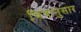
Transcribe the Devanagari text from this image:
चित्रानुसार